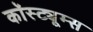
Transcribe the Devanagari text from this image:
कॉस्ट्यूम्स